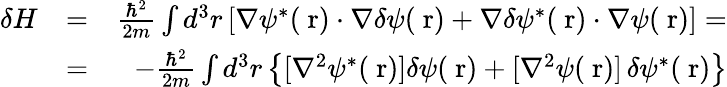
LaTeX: \begin{array}{rlr}{\delta H}&{=}&{\frac{\hbar^{2}}{2m}\int d^{3}r\left[\nabla\psi^{*}(\mathrm{\mathbf~r})\cdot\nabla\delta\psi(\mathrm{\mathbf~r})+\nabla\delta\psi^{*}(\mathrm{\mathbf~r})\cdot\nabla\psi(\mathrm{\mathbf~r})\right]=}\\ &{=}&{-\frac{\hbar^{2}}{2m}\int d^{3}r\left\{ [\nabla^{2}\psi^{*}(\mathrm{\mathbf~r})]\delta\psi(\mathrm{\mathbf~r})+[\nabla^{2}\psi(\mathrm{\mathbf~r})]\, \delta\psi^{*}(\mathrm{\mathbf~r})\right\} }\end{array}